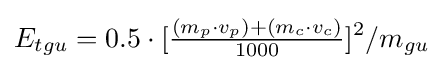
E_{tgu}=0.5\cdot [{\tfrac {(m_{p}\cdot v_{p})+(m_{c}\cdot v_{c})}{1000}}]^{2}/m_{gu}